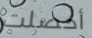
أحصلت